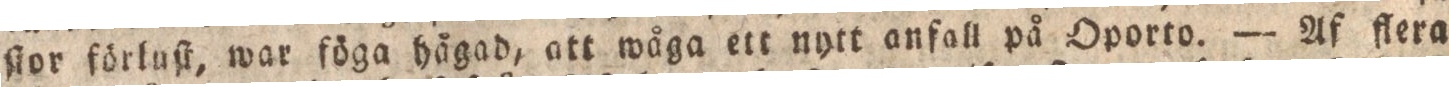
ſtor förluſt, war föga hågad, att wåga ett nytt anfall på Oporto. — Af flera